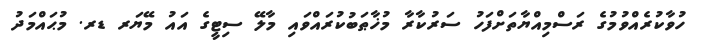
ހުވާކުރެއްވުމުގެ ރަސްމިއްޔާތަށްފަހު ސަރުކާރާ މުޚާޠަބުކުރައްވައި މާލޭ ސިޓީގެ އައު މޭޔަރ ޑރ. މުޙައްމަދު